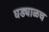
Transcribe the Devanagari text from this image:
घड्याळच